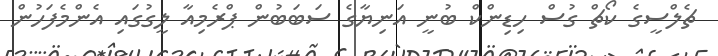
ޗެލްސީގެ ކޯޗް ގުސް ހިޑިންކް ބުނީ އަނިޔާގެ ސަބަބުން ޕްރެމިއާ ލީގުގައި އެންމެފަހުން